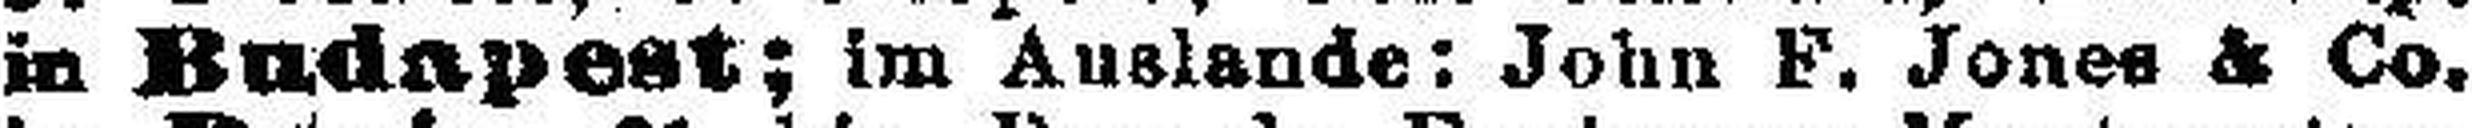
in Budapest; im Auslande: John F. Jones & Co.